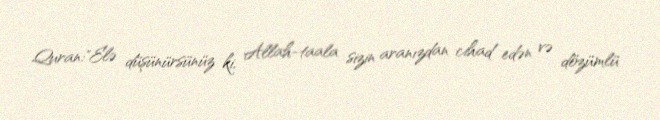
Quran:"Elə düşünürsünüz ki, Allah-taala sizin aranızdan cihad edən və dözümlü